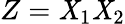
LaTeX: Z=\mathit{X}_{1}\mathit{X}_{2}